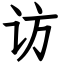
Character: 访